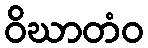
ဝိဃာတံဝ